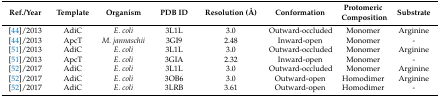
<table><thead><tr><td><b>Ref./Year</b></td><td><b>Template</b></td><td><b>Organism</b></td><td><b>PDB ID</b></td><td><b>Resolution (Å)</b></td><td><b>Conformation</b></td><td><b>Protomeric Composition</b></td><td><b>Substrate</b></td></tr></thead><tbody><tr><td>[44]/2013</td><td>AdiC</td><td><i>E. coli</i></td><td>3L1L</td><td>3.0</td><td>Outward-occluded</td><td>Monomer</td><td>Arginine</td></tr><tr><td>[44]/2013</td><td>ApcT</td><td><i>M. jannaschii</i></td><td>3GI9</td><td>2.48</td><td>Inward-open</td><td>Monomer</td><td>-</td></tr><tr><td>[51]/2013</td><td>AdiC</td><td><i>E. coli</i></td><td>3L1L</td><td>3.0</td><td>Outward-occluded</td><td>Monomer</td><td>Arginine</td></tr><tr><td>[51]/2013</td><td>ApcT</td><td><i>E. coli</i></td><td>3GIA</td><td>2.32</td><td>Inward-open</td><td>Monomer</td><td>-</td></tr><tr><td>[52]/2017</td><td>AdiC</td><td><i>E. coli</i></td><td>3L1L</td><td>3.0</td><td>Outward-occluded</td><td>Monomer</td><td>Arginine</td></tr><tr><td>[52]/2017</td><td>AdiC</td><td><i>E. coli</i></td><td>3OB6</td><td>3.0</td><td>Outward-open</td><td>Homodimer</td><td>Arginine</td></tr><tr><td>[52]/2017</td><td>AdiC</td><td><i>E. coli</i></td><td>3LRB</td><td>3.61</td><td>Outward-open</td><td>Homodimer</td><td>-</td></tr></tbody></table>